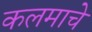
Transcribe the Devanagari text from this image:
कलमाचे